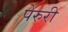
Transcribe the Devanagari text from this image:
पेरुरी